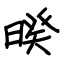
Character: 暌